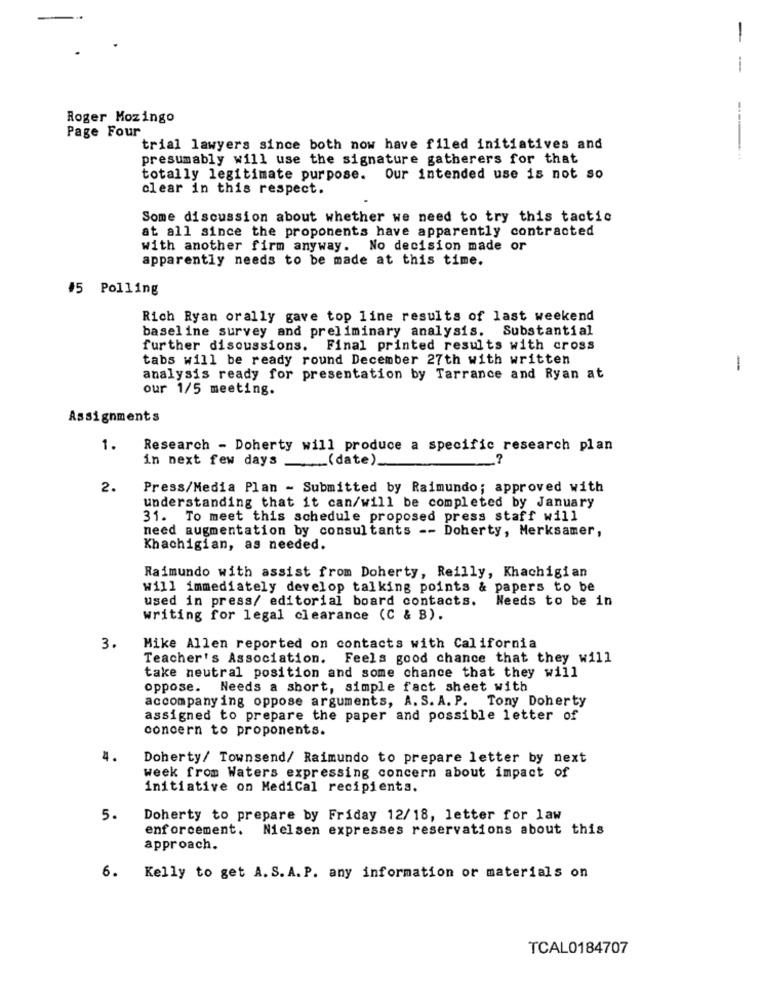
-
-
Roger Mozingo
Page Four
trial lawyers since both now have filed initiatives and
presumably will use the signature gatherers for that
totally legitimate purpose. Our intended use is not so
clear in this respect.
Some discussion about whether we need to try this tactic
at all since the proponents have apparently contracted
with another firm anyway. No decision made or
apparently needs to be made at this time.
#5 Polling
Rich Ryan orally gave top line results of last weekend
baseline survey and preliminary analysis. Substantial
further discussions. Final printed results with cross
tabs will be ready round December 27th with written
-
analysis ready for presentation by Tarrance and Ryan at
our 1/5 meeting.
Assignments
1.
Research - Doherty will produce a specific research plan
in next few days __ (date)
2.
Press/Media Plan - Submitted by Raimundo; approved with
understanding that it can/will be completed by January
31. To meet this schedule proposed press staff will
need augmentation by consultants -- Doherty, Merksamer,
Khachigian, as needed.
Raimundo with assist from Doherty, Reilly, Khachigian
will immediately develop talking points & papers to be
used in press/ editorial board contacts. Needs to be in
writing for legal clearance (C & B).
3.
Mike Allen reported on contacts with California
Teacher's Association. Feels good chance that they will
take neutral position and some chance that they will
oppose. Needs a short, simple fact sheet with
accompanying oppose arguments, A. S. A. P. Tony Doherty
assigned to prepare the paper and possible letter of
concern to proponents.
4.
Doherty/ Townsend/ Raimundo to prepare letter by next
week from Waters expressing concern about impact of
initiative on MediCal recipients.
5.
Doherty to prepare by Friday 12/18, letter for law
enforcement. Nielsen expresses reservations about this
approach.
6. Kelly to get A.S.A.P. any information or materials on
TCAL0184707